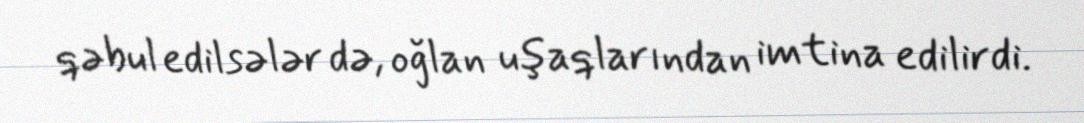
qəbul edilsələr də, oğlan uşaqlarından imtina edilirdi.